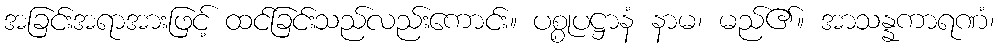
အခြင်းအရာအားဖြင့် ထင်ခြင်းသည်လည်းကောင်း။ ပစ္စုပဋ္ဌာနံ နာမ၊ မည်၏။ အာသန္နကာရဏံ၊